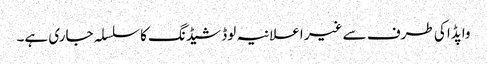
واپڈا کی طرف سے غیر اعلانیہ لوڈ شیڈنگ کا سلسلہ جاری ہے۔